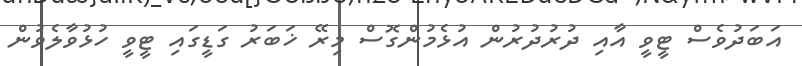
އަބަދުވެސް ޓީވީ އާއި ދުރުދުރުން އުޅެމުންގޮސް މިރޭ ޚަބަރު ގަޑީގައި ޓީވީ ހުޅުވާލެވުން